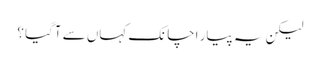
لیکن یہ پیار اچانک کہاں سے آگیا ؟